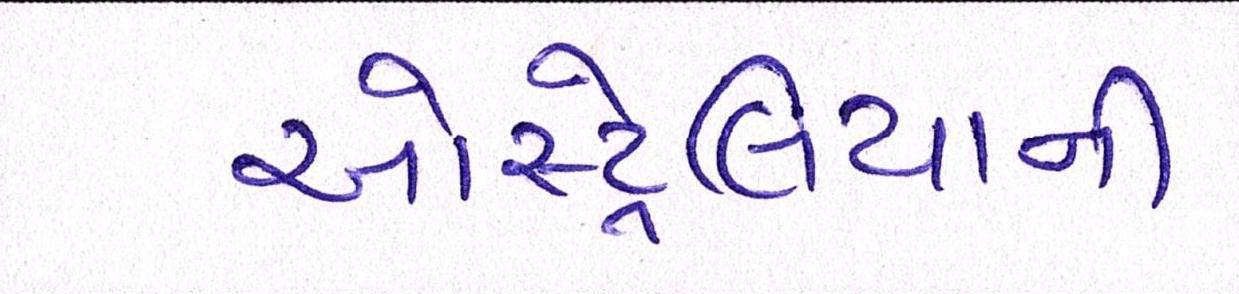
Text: ઓસ્ટ્રેલિયાની